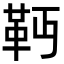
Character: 𩉣